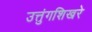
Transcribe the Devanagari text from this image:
उत्तुंगशिखरे